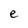
Character: e